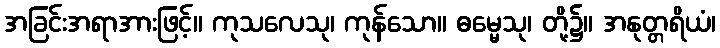
အခြင်းအရာအားဖြင့်။ ကုသလေသု၊ ကုန်သော။ ဓမ္မေသု၊ တို့၌။ အနုတ္တရိယံ၊